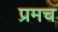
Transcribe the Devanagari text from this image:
प्रमच